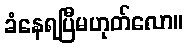
ခံနေရပြီမဟုတ်လော။